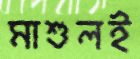
মাশুলই